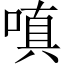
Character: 嗔